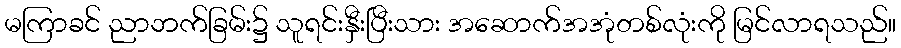
မကြာခင် ညာဘက်ခြမ်း၌ သူရင်းနှီးပြီးသား အဆောက်အအုံတစ်လုံးကို မြင်လာရသည်။